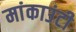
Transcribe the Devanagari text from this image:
मांकाउंटी